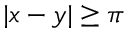
| x - y | \ge \pi